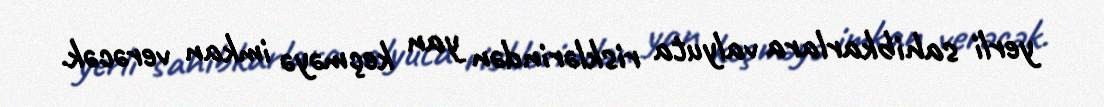
yerli sahibkarlara valyuta risklərindən yan keçməyə imkan verəcək.